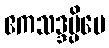
ဧကသဒ္ဒမ္ပိပေ